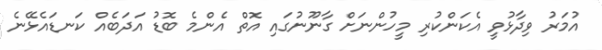
އުމަރު ވިދާޅުވީ އެކަންކުރި މީހުންނަށް ގާނޫނުގައި އޮތް އެންމެ ބޮޑު އަދަބެއް ކަނޑައެޅޭނެ